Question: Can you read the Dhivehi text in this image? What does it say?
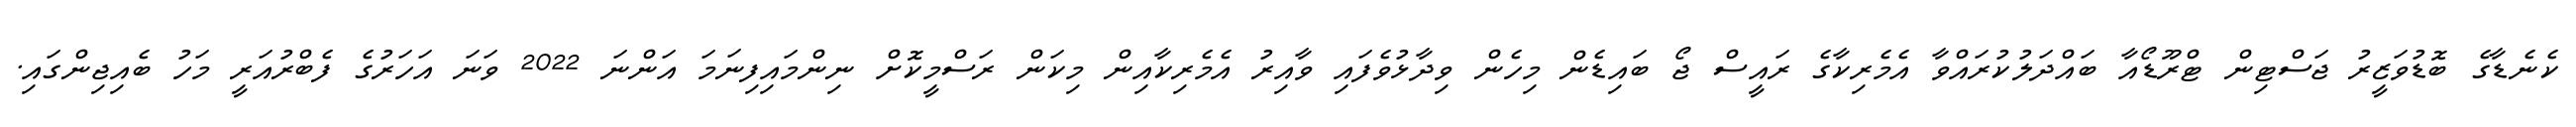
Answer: ކެނެޑާގެ ބޮޑުވަޒީރު ޖަސްޓިން ޓްރޫޑޯއާ ބައްދަލުކުރައްވާ އެމެރިކާގެ ރައީސް ޖޯ ބައިޑެން މިހެން ވިދާޅުވެފައި ވާއިރު އެމެރިކާއިން މިކަން ރަސްމީކޮށް ނިންމައިފިނަމަ އަންނަ 2022 ވަނަ އަހަރުގެ ފެބްރުއަރީ މަހު ބެއިޖިންގައި.